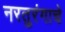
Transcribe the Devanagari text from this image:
नरतुरंगाचे